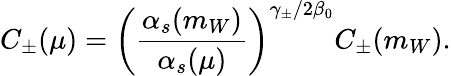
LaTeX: C_{\pm}(\mu)=\left(\frac{\alpha_{s}(m_{W})}{\alpha_{s}(\mu)}\right)^{\gamma_{\pm}/2\beta_{0}}C_{\pm}(m_{W}).